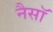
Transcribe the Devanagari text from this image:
नैसॉ